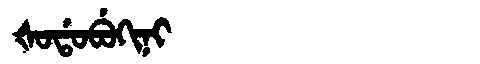
Manchu: ᡧᠣᡩᠣᠪᡠᡴᡳᠨᡳ
Romanization: ŠODOBUKINI